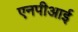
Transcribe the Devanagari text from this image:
एनपीआई